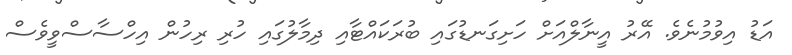
އަޑު އިވުމުނެވެ. އޭރު އީނާލްއަށް ހަށިގަނޑުގައި ބުރަކައްޓާއި ދިމާލުގައި ހުރި ރިހުން އިހްސާސްވީވެސް